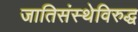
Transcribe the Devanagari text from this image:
जातिसंस्थेविरुद्ध